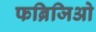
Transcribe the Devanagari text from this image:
फब्रिजिओ